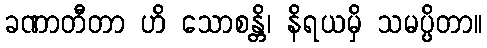
ခဏာတီတာ ဟိ သောစန္တိ၊ နိရယမှိ သမပ္ပိတာ။